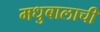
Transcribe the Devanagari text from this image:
मधुबालाची